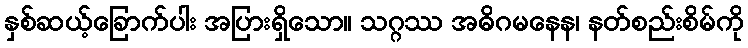
နှစ်ဆယ့်ခြောက်ပါး အပြားရှိသော။ သဂ္ဂဿ အဓိဂမနေန၊ နတ်စည်းစိမ်ကို